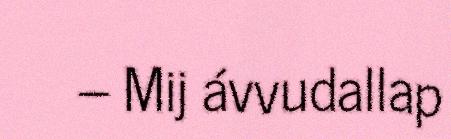
– Mij ávvudallap